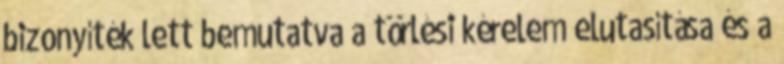
bizonyíték lett bemutatva a törlési kérelem elutasítása és a